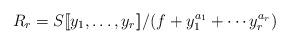
LaTeX: \begin{align*}R_r = S[\![y_1,\ldots,y_r]\!]/(f+y_1^{a_1} + \cdots y_r^{a_r})\end{align*}